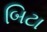
બિટા